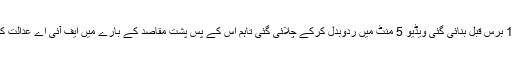
انہوں نے دعویٰ کیا کہ16 برس قبل بنائی گئی ویڈیو 5 منٹ میں ردوبدل کرکے چلائی گئی تاہم اس کے پس پشت مقاصد کے بارے میں ایف آئی اے عدالت کو رپورٹ پیش کرے گی۔